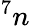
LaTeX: ^7n